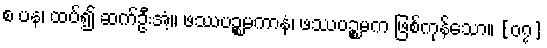
စ ပန၊ ထပ်၍ ဆက်ဦးအံ့။ ဖဿပဉ္စမကာနံ၊ ဖဿပဉ္စမက ဖြစ်ကုန်သော။ [၀၇]